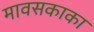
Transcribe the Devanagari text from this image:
मावसकाका